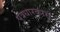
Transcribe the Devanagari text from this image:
पत्रधारकास